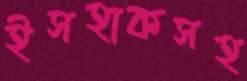
ইসহাকসহ